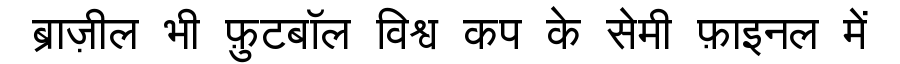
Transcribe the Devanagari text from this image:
ब्राज़ील भी फ़ुटबॉल विश्व कप के सेमी फ़ाइनल में